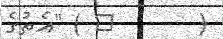
(       ١ ) "އެތުގެ